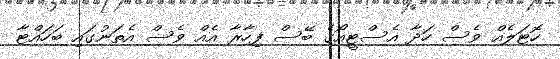
ހޮޓަލެއް ވެސް ހަދާ އެސްޓީއޯގެ ބޭސް ފިހާރާ އެއް ވެސް އެތަނުގައި ބަހައްޓާ